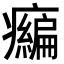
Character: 𤻶